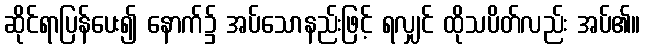
ဆိုင်ရာပြန်ပေး၍ နောက်၌ အပ်သောနည်းဖြင့် ရလျှင် ထိုသပိတ်လည်း အပ်၏။